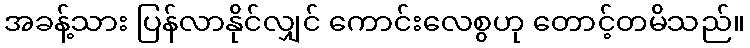
အခန့်သား ပြန်လာနိုင်လျှင် ကောင်းလေစွဟု တောင့်တမိသည်။